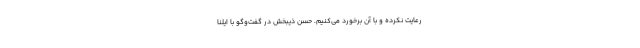
رعایت نکرده و با آن برخورد می‌کنیم. حسن ذیبخش در گفت‌وگو با ایلنا